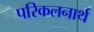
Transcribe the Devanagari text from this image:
परिकलनार्थ